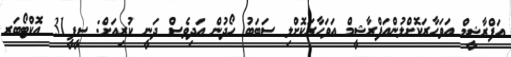
އަފްރާޝީމް އަވަހާރަކޮށްލުންއަފްރާޝީމް އަވަހާރަކޮށްލި ސަބަބު ހޯދުން އަދިވެސް ދަނީ ކުރިއަށް: ސީޕީ31 އޮކްޓޯބަރ